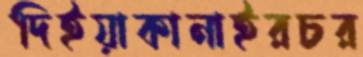
দিইয়াকানাইরচর